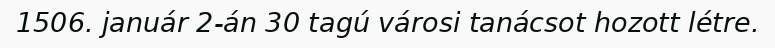
1506. január 2-án 30 tagú városi tanácsot hozott létre.